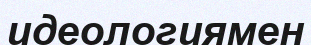
идеологиямен